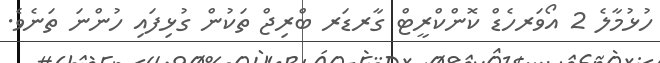
ހުޅުމާލެ 2 އޯވަރހެޑް ކޮންކްރީޓް ގާރޑަރ ބްރިޖް ތަކުން ގުޅިފައި ހުންނަ ތަނެވެ.